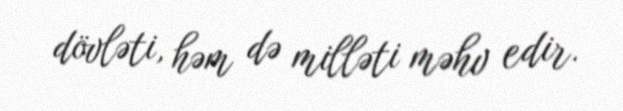
dövləti, həm də milləti məhv edir.